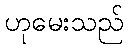
ဟုမေးသည်